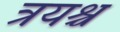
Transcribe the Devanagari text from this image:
त्रयश्च